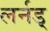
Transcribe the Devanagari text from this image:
लर्नड्